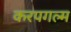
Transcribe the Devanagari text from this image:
करपगल्म